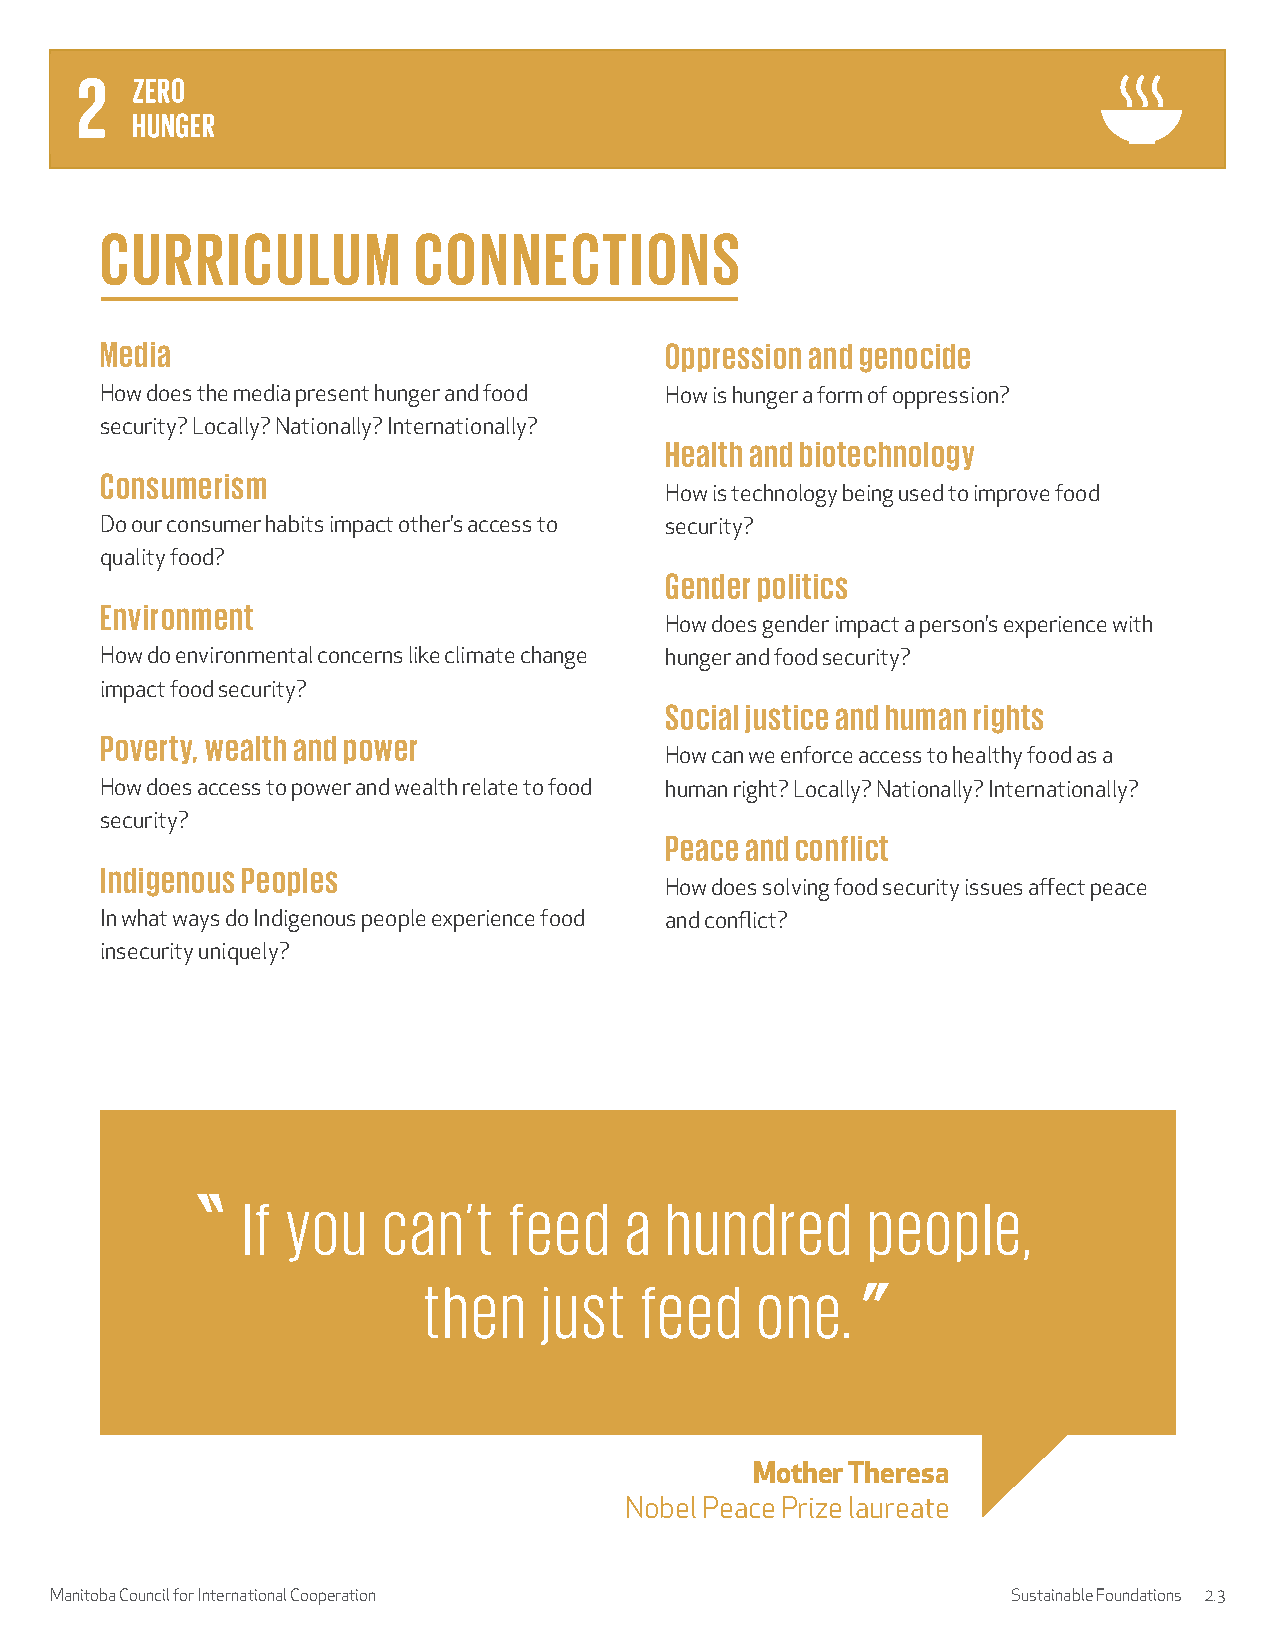
CURRICULUM          CONNECTIONS
 Media                                Oppression and genocide
 How does the media present hunger and food How is hunger a form of oppression?
 security? Locally? Nationally? Internationally?
 Health and biotechnology
 Consumerism
 How is technology being used to improve food
 Do our consumer habits impact other’s access to security?
 quality food?
 Gender politics
 Environment
 How does gender impact a person’s experience with
 How do environmental concerns like climate change hunger and food security?
 impact food security?
 Social justice and human rights
 Poverty, wealth and power
 How can we enforce access to healthy food as a
 How does access to power and wealth relate to food human right? Locally? Nationally? Internationally?
 security?
 Peace and conflict
 Indigenous Peoples
 How does solving food security issues affect peace
 In what ways do Indigenous people experience food and conflict?
 insecurity uniquely?
 If you   can’t    feed   a  hundred      people,
 then    just  feed    one.
 Mother Theresa
 Nobel Peace Prize laureate
 Manitoba Council for International Cooperation                  Sustainable Foundations 2.3